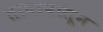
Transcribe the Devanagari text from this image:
तापापासून